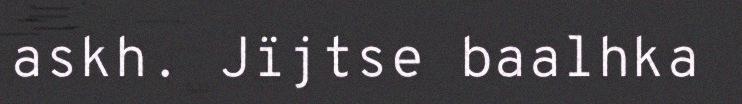
askh. Jïjtse baalhka